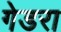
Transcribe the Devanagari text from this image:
गेडरा